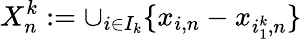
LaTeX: X_{n}^{k}:=\cup_{i\in I_{k}}\{ x_{i,n}-x_{i_{1}^{k},n}\}